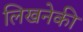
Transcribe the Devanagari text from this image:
लिखनेकी